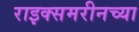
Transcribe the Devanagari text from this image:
राइक्समरीनच्या